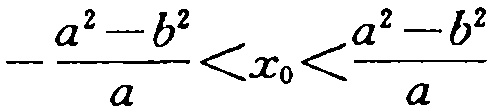
\(-\frac{a^{2}-b^{2}}{a}<x_{0}<\frac{a^{2}-b^{2}}{a}\)